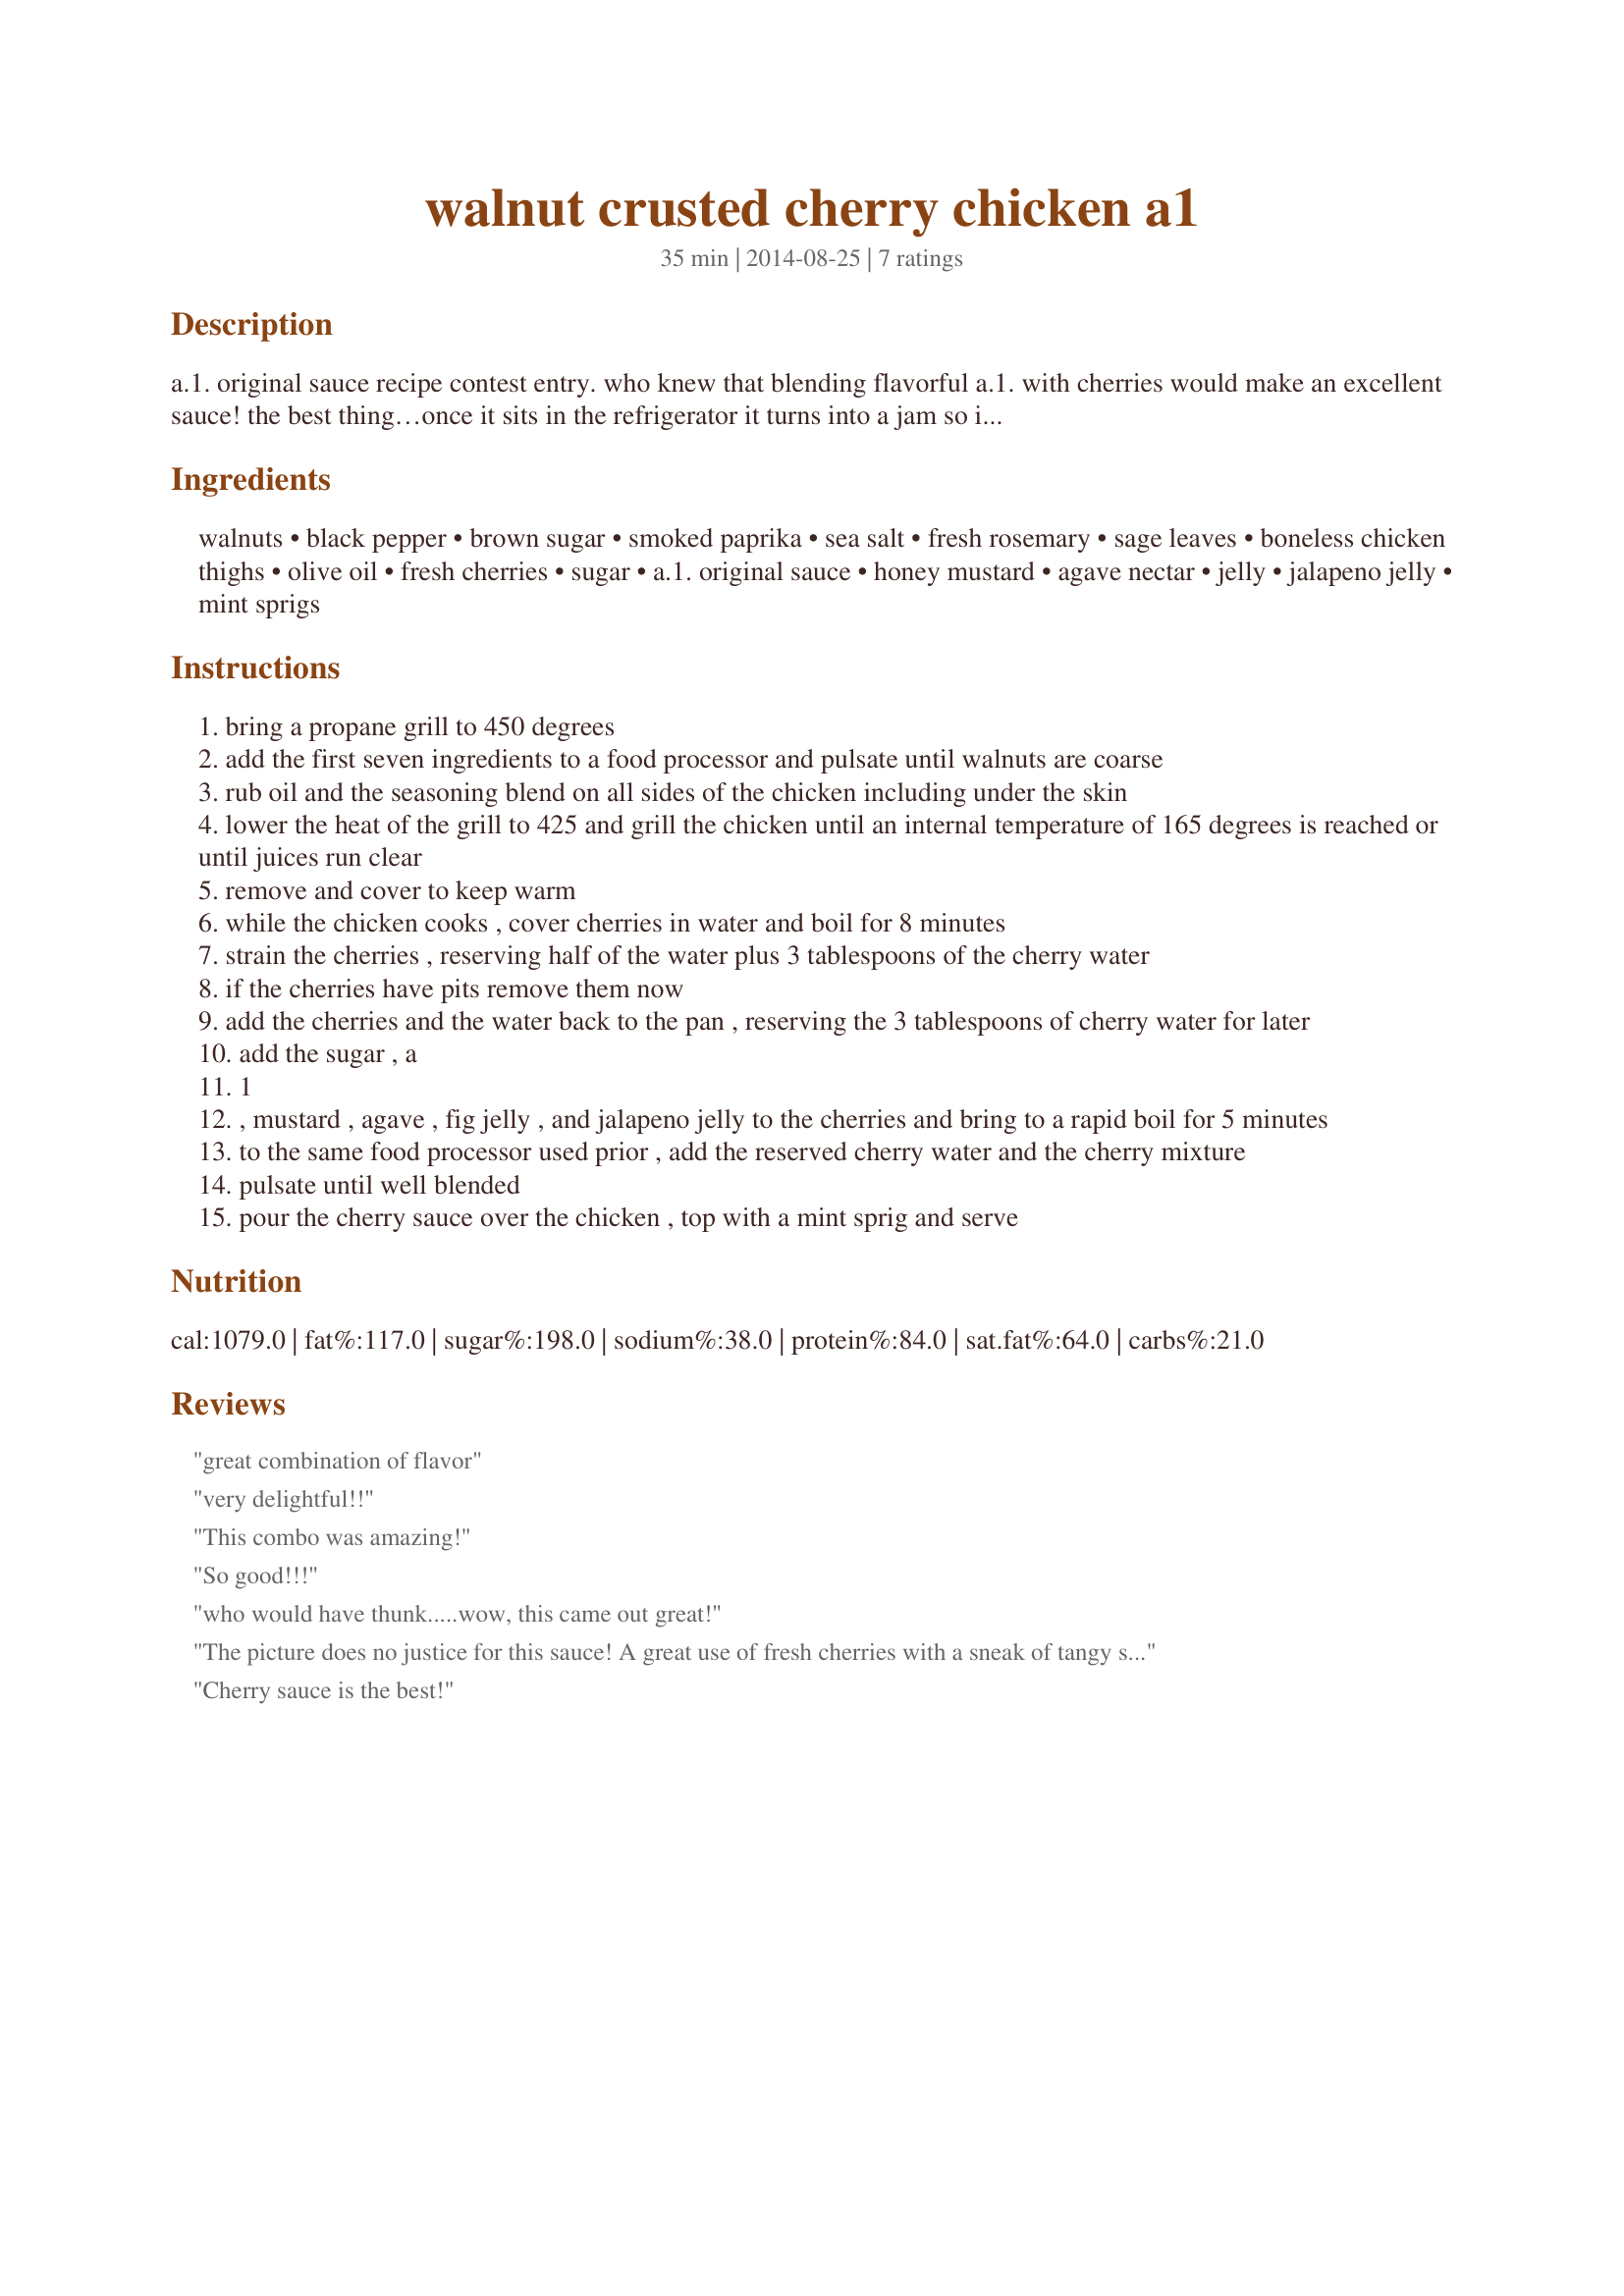
walnut crusted cherry chicken a1
Preparation time: 35 minutes

a.1. original sauce recipe contest entry. who knew that blending flavorful a.1. with cherries would make an excellent sauce! the best thing…once it sits in the refrigerator it turns into a jam so it can used as such or add in water or stock to reconstitute it to a sauce again.

Ingredients:
walnuts, black pepper, brown sugar, smoked paprika, sea salt, fresh rosemary, sage leaves, boneless chicken thighs, olive oil, fresh cherries, sugar, a.1. original sauce, honey mustard, agave nectar, jelly, jalapeno jelly, mint sprigs

Steps:
bring a propane grill to 450 degrees
add the first seven ingredients to a food processor and pulsate until walnuts are coarse
rub oil and the seasoning blend on all sides of the chicken including under the skin
lower the heat of the grill to 425 and grill the chicken until an internal temperature of 165 degrees is reached or until juices run clear
remove and cover to keep warm
while the chicken cooks , cover cherries in water and boil for 8 minutes
strain the cherries , reserving half of the water plus 3 tablespoons of the cherry water
if the cherries have pits remove them now
add the cherries and the water back to the pan , reserving the 3 tablespoons of cherry water for later
add the sugar , a
1
, mustard , agave , fig jelly , and jalapeno jelly to the cherries and bring to a rapid boil for 5 minutes
to the same food processor used prior , add the reserved cherry water and the cherry mixture
pulsate until well blended
pour the cherry sauce over the chicken , top with a mint sprig and serve

Reviews:
great combination of flavor
very delightful!!
This combo was amazing!
So good!!!
who would have thunk.....wow, this came out great!
The picture does no justice for this sauce! A great use of fresh cherries with a sneak of tangy steak sauce!
Cherry sauce is the best!
